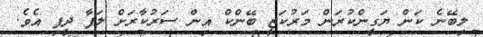
ލިބޭނެ ކަން ޔަގީންކުރަން މަރުކަޒީ ބޭންކް އިން ސަރުކާރަށް ލަފާ ދީފި އެވެ.